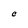
Character: C